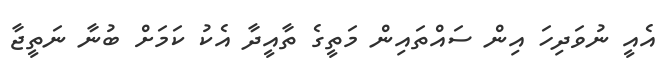
އެއީ ނުވަދިހަ އިން ސައްތައިން މަތީގެ ތާއީދާ އެކު ކަމަށް ބުނާ ނަތީޖާ